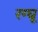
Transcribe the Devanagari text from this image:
रग्घू